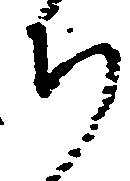
ち